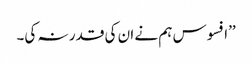
’’افسوس ہم نے ان کی قدر نہ کی۔